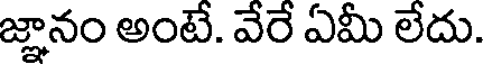
జ్ఞానం అంటే. వేరే ఏమీ లేదు.